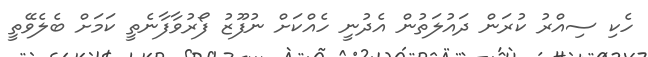
ހެކި ސިއްރު ކުރަން ދައުލަތުން އެދުނީ ހެއްކަށް ނުފޫޒު ފޯރުވާފާނެތީ ކަމަށް ބެލެވޭތީ